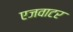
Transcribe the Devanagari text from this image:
एजवाटर